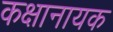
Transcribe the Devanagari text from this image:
कक्षानायक